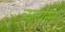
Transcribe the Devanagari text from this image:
व्‍यत्‍पन्‍न